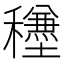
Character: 𥣺